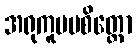
အရုကူပမစိတ္တော